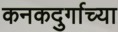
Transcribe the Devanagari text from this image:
कनकदुर्गाच्या